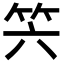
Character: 𥫰